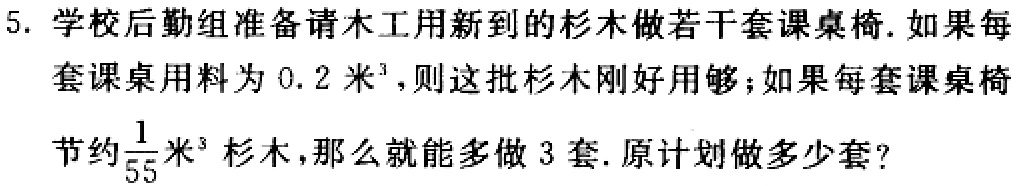
5. 学校后勤组准备请木工用新到的杉木做若干套课桌椅. 如果每套课桌用料为$0.2$米$^{3}$，则这批杉木刚好用够；如果每套课桌椅节约$\frac{1}{55}$米$^{3}$杉木，那么就能多做$3$套. 原计划做多少套？